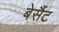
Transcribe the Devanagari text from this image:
बेसैंट